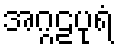
အဂ္ဂဠပုရံ